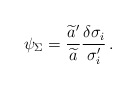
\begin{align*}\psi_\Sigma = {\widetilde{a}' \over \widetilde{a}} {\delta\sigma_i \over \sigma_i'} \,.\end{align*}